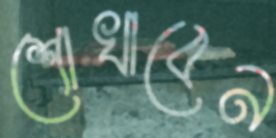
শোখাবেন